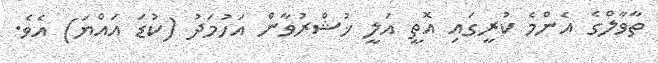
ތާވާލްގެ އެންމެ ކުރީގައި އޮތީ އަލީ ޚުޝްރުވާން އަހުމަދު (ކުޑަ އައްޔަ) އެވެ.